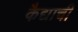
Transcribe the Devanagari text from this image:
कैद्याची